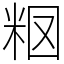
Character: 𥹉